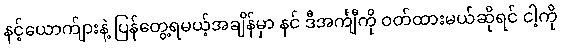
နင့်ယောက်ျားနဲ့ ပြန်တွေ့ရမယ့်အချိန်မှာ နင် ဒီအင်္ကျီကို ဝတ်ထားမယ်ဆိုရင် ငါ့ကို